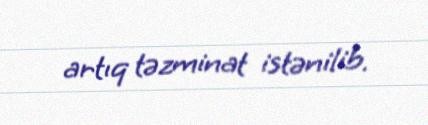
artıq təzminat istənilib.